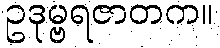
ဥဒုမ္ဗရဇာတက။